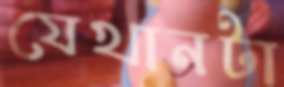
যেখানটা